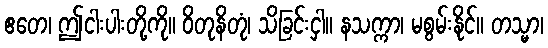
ဧတေ၊ ဤငါးပါးတို့ကို။ ဝိတုနိတုံ၊ သိခြင်းငှါ။ နသက္ကာ၊ မစွမ်းနိုင်။ တသ္မာ၊